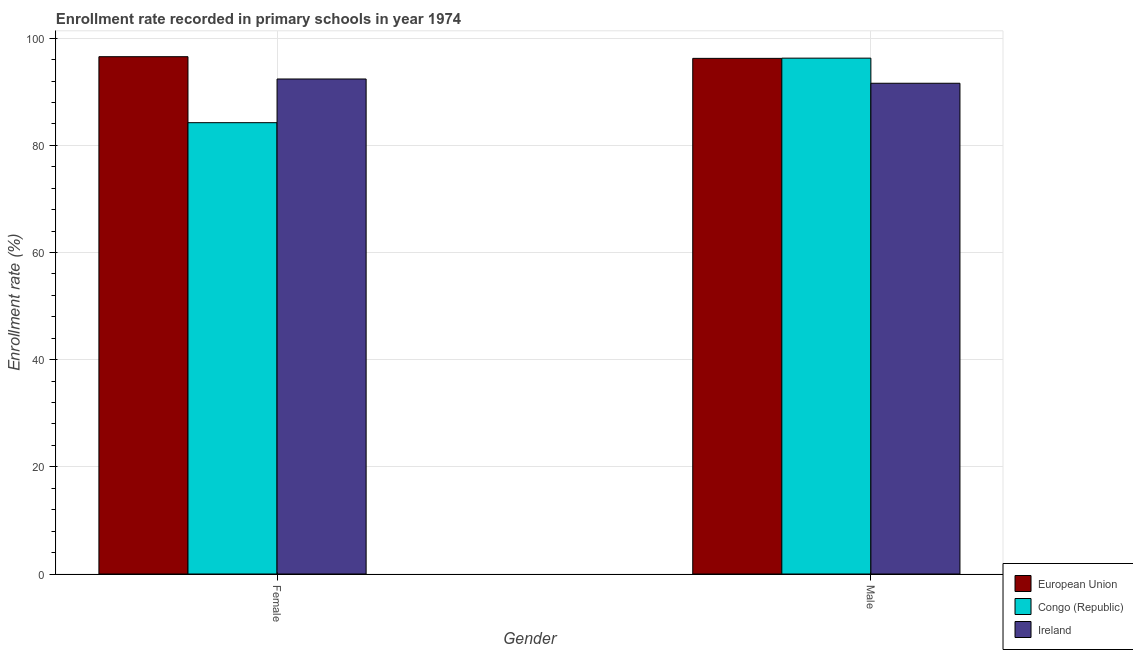
| Gender | European Union | Congo (Republic) | Ireland |
 | --- | --- | --- | --- |
 | Female | 96.6 | 84.2 | 92.4 |
 | Male | 96.2 | 96.3 | 91.6 |